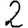
Digit: 2